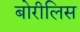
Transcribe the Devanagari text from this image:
बोरीलिस